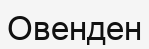
Овенден